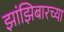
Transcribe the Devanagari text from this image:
झांझिबारच्या